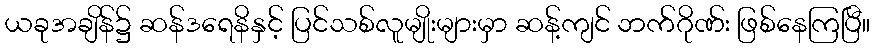
ယခုအချိန်၌ ဆန်ဒရေနိနှင့် ပြင်သစ်လူမျိုးများမှာ ဆန့်ကျင် ဘက်ဂိုဏ်း ဖြစ်နေကြပြီ။